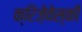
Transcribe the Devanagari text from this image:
क्रिज़ेवेस्की